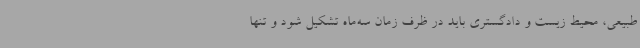
طبیعی، محیط زیست و دادگستری باید در ظرف زمان سه‌ماه تشکیل شود و تنها